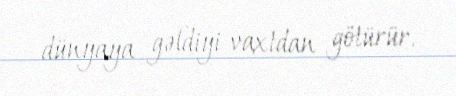
dünyaya gəldiyi vaxtdan götürür.